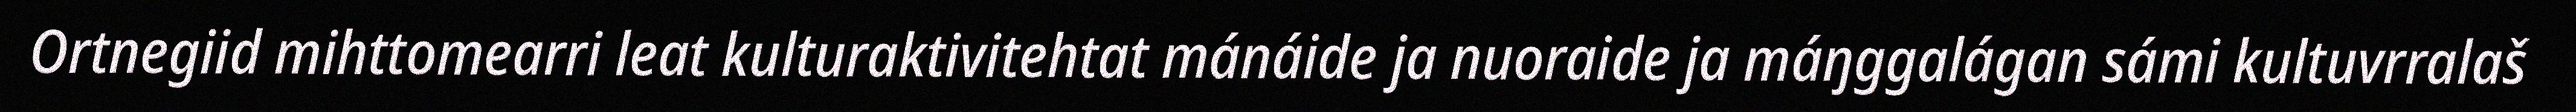
Ortnegiid mihttomearri leat kulturaktivitehtat mánáide ja nuoraide ja máŋggalágan sámi kultuvrralaš